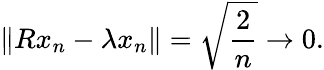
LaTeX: \| Rx_{n}-\lambda x_{n}\| ={\sqrt{\frac{2}{n}}}\to 0.